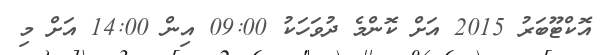
އޮކްޓޫބަރު 2015 އަށް ކޮންމެ ދުވަހަކު 09:00 އިން 14:00 އަށް މި